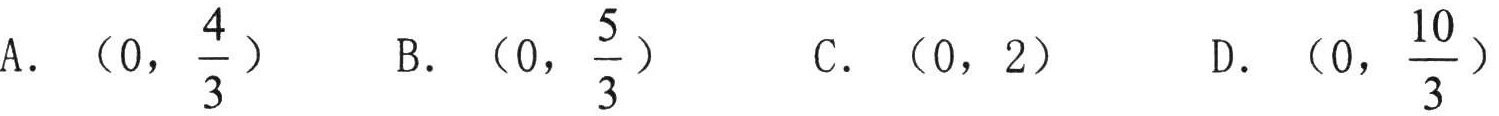
A. \((0,\frac{4}{3})\)  B. \((0,\frac{5}{3})\)  C. \((0,2)\)  D. \((0,\frac{10}{3})\)